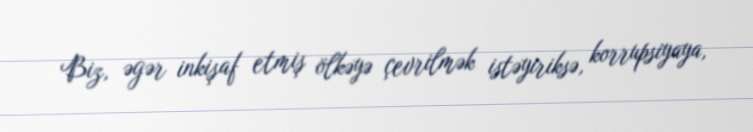
Biz, əgər inkişaf etmiş ölkəyə çevrilmək istəyiriksə, korrupsiyaya,